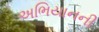
અભિયાનની